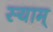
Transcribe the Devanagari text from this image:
स्याम्‌